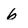
Character: 6